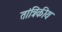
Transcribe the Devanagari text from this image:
तांत्रिकीय